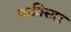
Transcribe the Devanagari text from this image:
आतिसार